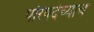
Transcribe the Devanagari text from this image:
परिषदेच्याच